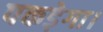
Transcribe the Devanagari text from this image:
पकड़ेगा।